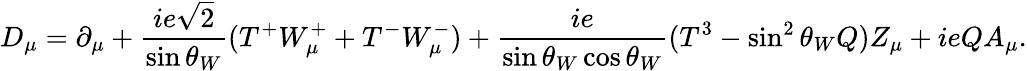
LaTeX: D_{\mu}=\partial_{\mu}+{\frac{ie\sqrt 2}{\sin\theta_{W}}}(T^{+}W_{\mu}^{+}+T^{-}W_{\mu}^{-})+{\frac{ie}{\sin\theta_{W}\cos\theta_{W}}}(T^{3}-\sin^{2}\theta_{W}Q)Z_{\mu}+ieQA_{\mu}.